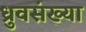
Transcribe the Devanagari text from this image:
ध्रुवसंख्या